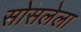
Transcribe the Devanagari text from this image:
सोसलेला